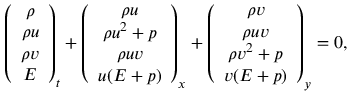
\left( \begin{array} { c } { \rho } \\ { \rho u } \\ { \rho v } \\ { E } \end{array} \right) _ { t } + \left( \begin{array} { c } { \rho u } \\ { \rho u ^ { 2 } + p } \\ { \rho u v } \\ { u ( E + p ) } \end{array} \right) _ { x } + \left( \begin{array} { c } { \rho v } \\ { \rho u v } \\ { \rho v ^ { 2 } + p } \\ { v ( E + p ) } \end{array} \right) _ { y } = 0 ,